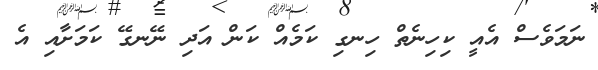
ނަމަވެސް އެއީ ކިހިނެތް ހިނގި ކަމެއް ކަން އަދި ނޭނގޭ ކަމަށާއި އެ